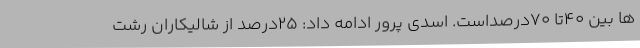
ها بین 40تا 70درصداست. اسدی پرور ادامه داد: 25درصد از شالیکاران رشت